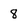
Character: 8